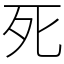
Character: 死